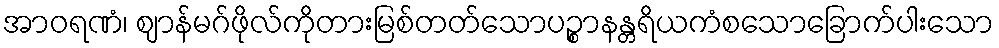
အာဝရဏံ၊ ဈာန်မဂ်ဖိုလ်ကိုတားမြစ်တတ်သောပဉ္စာနန္တရိယကံစသောခြောက်ပါးသော